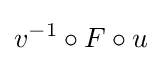
v^{-1}\circ F\circ u\!